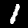
Digit: 1